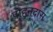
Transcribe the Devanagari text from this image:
पोहनदास